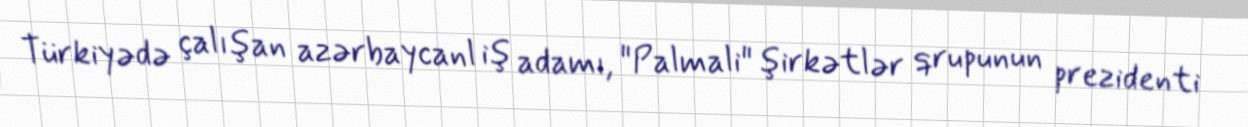
Türkiyədə çalışan azərbaycanl iş adamı, "Palmali" şirkətlər qrupunun prezidenti